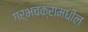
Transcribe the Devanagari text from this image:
गर्भचक्रामधील